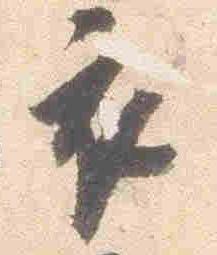
衣